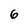
Character: 6